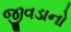
જીવડાનો